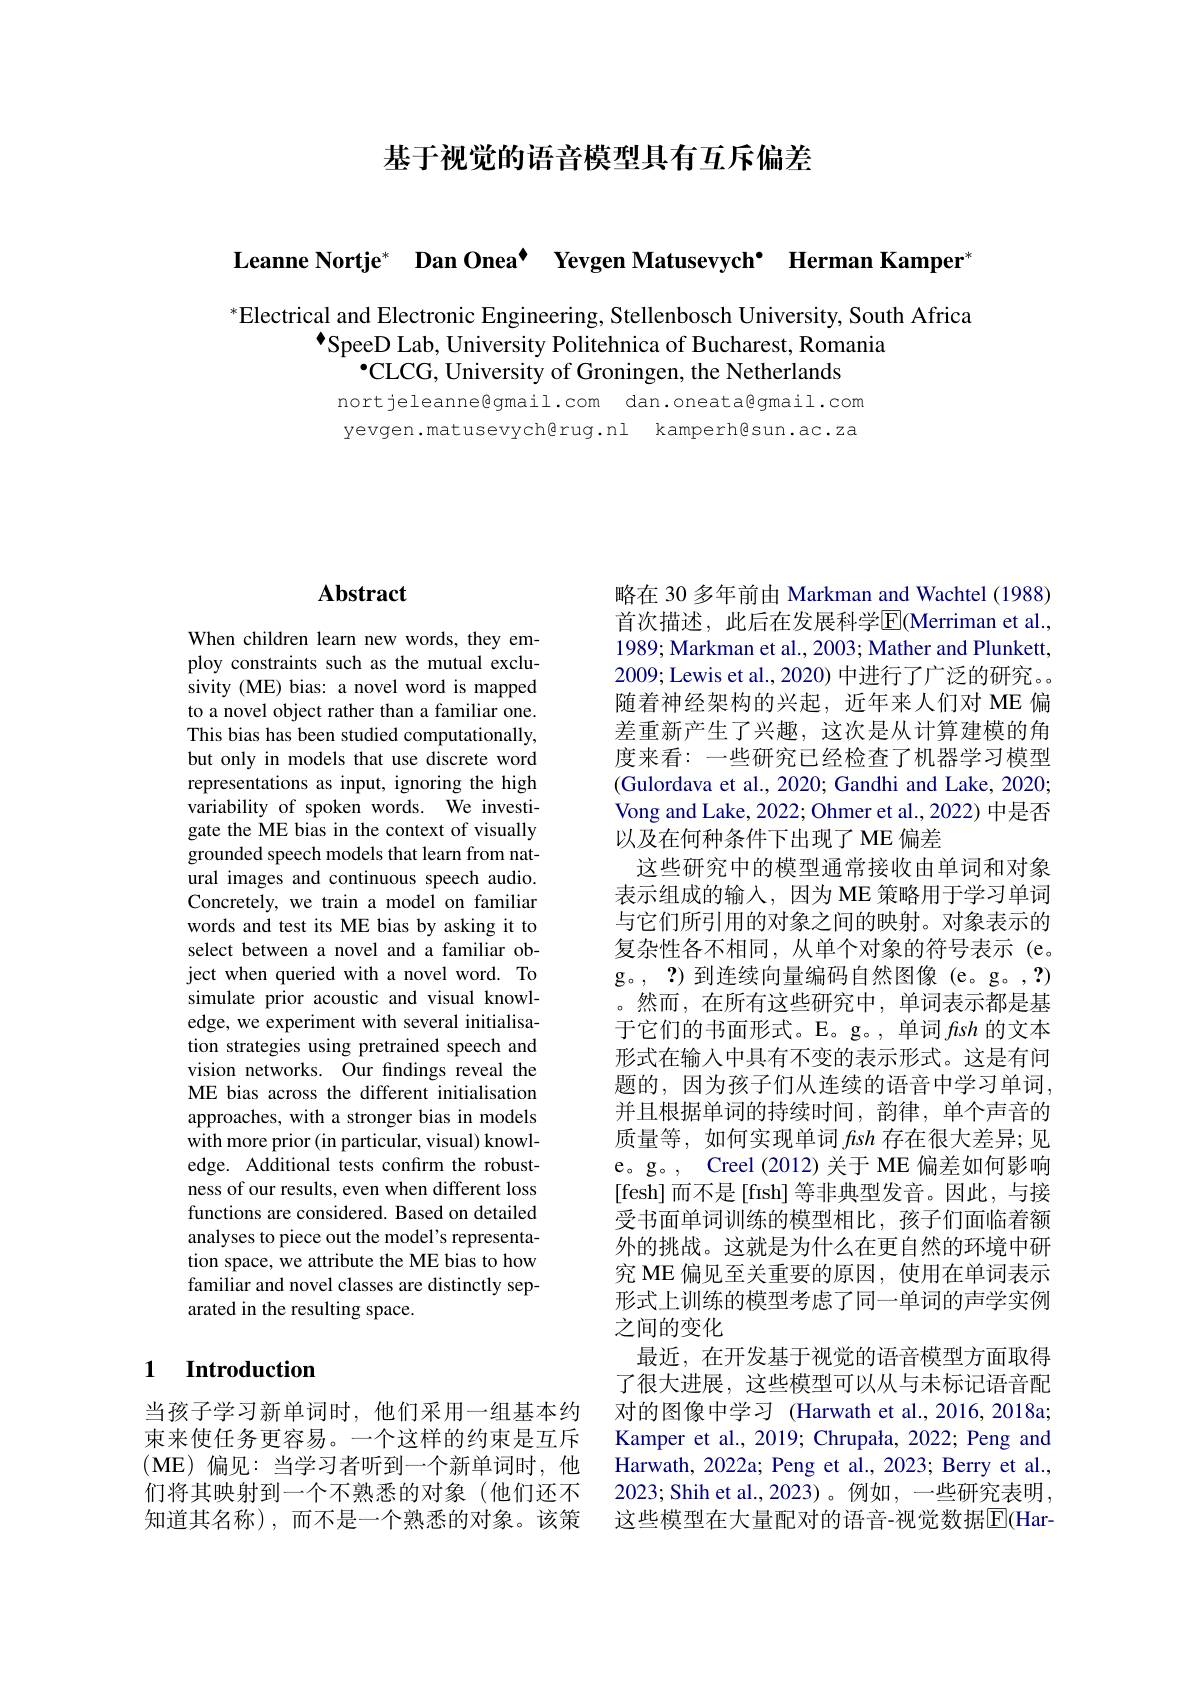
基于视觉的语音模型具有互斥偏差

Leanne Nortje* Dan Onea' Yevgen Matusevych’ Herman Kamper'

$^*$Electrical and Electronic Engineering, Stellenbosch University, South Africa
$^{\bullet}$SpeeD Lab, University Politehnica of Bucharest, Romania
$•$CLCG, University of Groningen, the Netherlands

nortjeleanne@gmail.com dan.oneata@gmail.com yevgen.matusevych@rug.nl kamperh@sun.ac.za

## $\mathbf{Abstract}$

When children learn new words, they employ constraints such as the mutual exclusivity (ME) bias: a novel word is mapped to a novel object rather than a familiar one. This bias has been studied computationally, but only in models that use discrete word representations as input, ignoring the high variability of spoken words. We investigate the ME bias in the context of visually grounded speech models that learn from natural images and continuous speech audio. Concretely, we train a model on familiar words and test its ME bias by asking it to select between a novel and a familiar object when queried with a novel word. To simulate prior acoustic and visual knowledge, we experiment with several initialisation strategies using pretrained speech and vision networks. Our findings reveal the ME bias across the different initialisation approaches, with a stronger bias in models with more prior (in particular, visual) knowledge. Additional tests confirm the robustness of our results, even when different loss functions are considered. Based on detailed analyses to piece out the model's representation space, we attribute the ME bias to how familiar and novel classes are distinctly separated in the resulting space.

### 1 Introduction

当孩子学习新单词时，他们采用一组基本约束来使任务更容易。一个这样的约束是互斥(ME)偏见：当学习者听到一个新单词时，他知道其名称),而不是一个熟悉的对象。该策

略在 30 多年前由 Markman and Wachtel (1988) 首次描述，此后在发展科学$\overline{\mathrm{E}}$(Merriman et al., 1989; Markman et al., 2003; Mather and Plunkett, 2009; Lewis et al., 2020) 中进行了广泛的研究。。随着神经架构的兴起，近年来人们对 ME 偏差重新产生了兴趣，这次是从计算建模的角度来看：一些研究已经检查了机器学习模型(Gulordava et al., 2020; Gandhi and Lake, 2020; Vong and Lake, 2022; Ohmer et al., 2022) 中是否以及在何种条件下出现了 ME 偏差
这些研究中的模型通常接收由单词和对象表示组成的输入，因为 ME 策略用于学习单词与它们所引用的对象之间的映射。对象表示的复杂性各不相同，从单个对象的符号表示(e。g。, ?) 到连续向量编码自然图像 (e。g。,?) 。然而，在所有这些研究中，单词表示都是基于它们的书面形式。E。g。, 单词fish的文本形式在输人中具有不变的表示形式。这是有问题的，因为孩子们从连续的语音中学习单词， 并且根据单词的持续时间，韵律，单个声音的质量等，如何实现单词fsh存在很大差异；见e。g。, Creel (2012) 关于 ME 偏差如何影响[fesh]而不是[fish]等非典型发音。因此，与接受书面单词训练的模型相比，孩子们面临着额外的挑战。这就是为什么在更自然的环境中研究 ME 偏见至关重要的原因，使用在单词表示形式上训练的模型考虑了同一单词的声学实例之间的变化
最近，在开发基于视觉的语音模型方面取得了很大进展，这些模型可以从与未标记语音配对的图像中学习 (Harwath et al.,2016,2018a; Kamper et al., 2019; Chrupała, 2022; Peng and Harwath, 2022a; Peng et al., 2023; Berry et al.,
们将其映射到一个不熟悉的对象(他们还不 2023;Shih et al.,2023)。例如，一些研究表明，
这些模型在大量配对的语音-视觉数据$\overline{\mathbb{E}}$(Har-